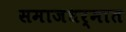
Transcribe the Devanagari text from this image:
समाजधर्मात